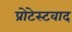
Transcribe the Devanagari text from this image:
प्रोटेस्टवाद